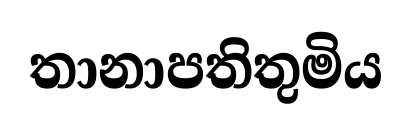
තානාපතිතුමිය